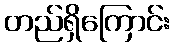
တည်ရှိကြောင်း